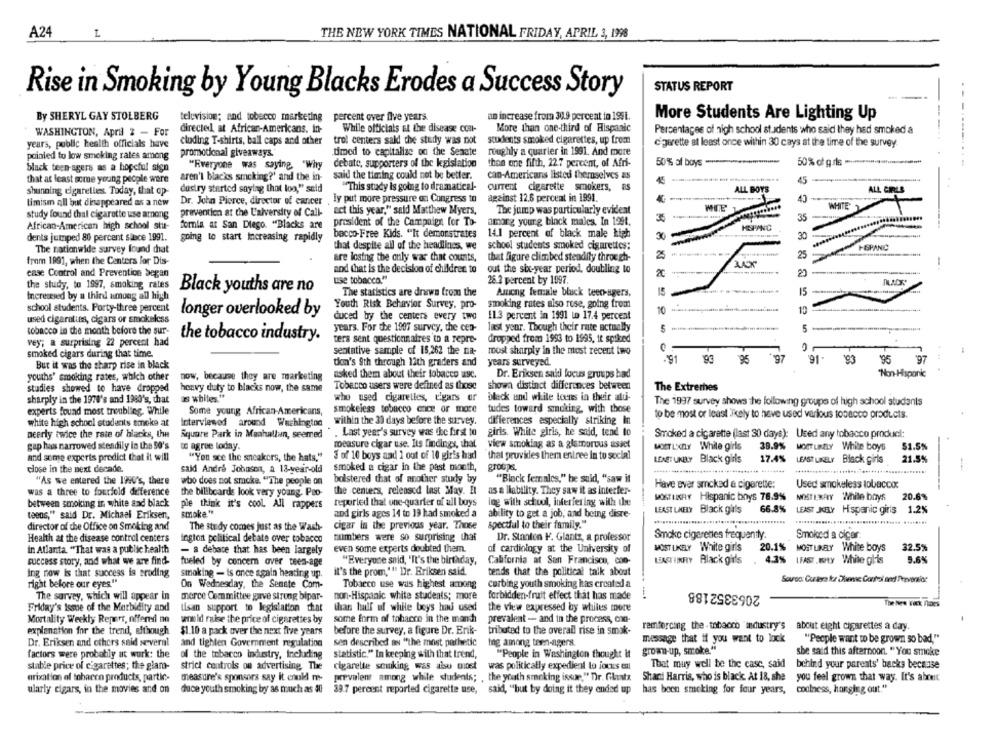
A24
THE NEW YORK TIMES NATIONAL FRIDAY, APRIL 3, 1998
STATUS REPORT
Rise in Smoking by Young Blacks Erodes a Success Story
- .
By SHERYL GAY STOLBERG
television; and tobecco marketing
percent over five years.
an increase from 31.9 percent in 199i.
More Students Are Lighting Up
WASHINGTON, April 2 - For
directed, at African-Americans. in-
While officials at the disease cost-
More than one-third of Hispanic
Percentages of high school students who said they had smoked a
cluding T-shirts, ball caps and other
trol centers sald the study was not
students smoked cigarettes, up from
--
years, public health officials have
c'gerette at least once within 30 cays at the time of the survey
pointed to low smoking rates among
promotional giveaways.
dimed to capitalize on the Senate
roughly a quarter in 1991. And more
debate, supporters of the kgislation
than one fifth, 22.7 percent, of Afri-
50% af boys .....................
50% of gris .***************......
black teen agers as a hopeful sign
"Everyone was saying. "Why
aren't blacks smoking?' and the in-
said the timing could not be better.
can-Americans listed themselves as
that at least some young people ware
45
shunning cigaretles Today, that op-
dustry started saying that loo," seld
"This study is going to dramatical-
current cigarette smokers, as
ALL BOYS
ALL GIRLS
Dr. John Pierce, director of cancer
ly put more pressure on Congress to
against 12.6 percent in 1991.
40
limism all but disappeared as a new
WHITE
study found thal cigarette use among
prevention at the University of Call-
act this year," said Matthew Myers,
The jump was particularly evident
35
president of the Campaign for To-
amorg yourg black males. In 1991.
African-American high school stu-
formia at San Diego. "Blacks are
HNPANC
dents jumped 80 percent since 1991.
bacco-Free Kids. "It demonstrates
14.1 percent of black male high
30 -
30
going to start Increasing rapidly
that despite all of the headlines, we
school students smoked cigarettes:
The nationwide survey found chat
25
F&PANIC
are losing the only war that counts,
that figure climbed steadily through-
25
from 1891, when the Centers for Dis-
ease Control and Prevention began
and that is the decision of children to
out the six-year period, doubling to
20
use tobacco.""
26.2 percent by 1097.
the study, to 1997, smoking rates
Black youths are no
Increased by a third among all high
The statistics are drawn from the
Among female bluck teen-agers.
15
15
Youth Risk Behavior Survey, pro-
smoking rates also rose, going from
school students. Forty-three percent
longer overlooked by
10
used cigarettes, cigars or smokeless
duced by the centers every two
11.3 percent in 1991 to 17.4 percent
last year. Though their rate actually
5-
tobacco in the month before the sur-
years. For the 1907 survey, the cen-
vey; a surprising 22 percent had
the tobacco industry.
ters sent questionnaires to a repre-
dropped from 1993 to 1995, it spiked
26 ..
smoked cigars during that time.
sentntive sample of 15,262 the na-
most sharply in the most recent two
den's 9th through 12th graders and
years surveyed.
.91
91.
193
95
'97
But it was the sharp rise in black
youths' smoking rates, which other
now, because they are marketing
asked them about their tobacco usc.
Dr. Eriksen said focus groups bad
"Non-Hispanic
Tobacco users were defined as those
showa distinct differences between
studies showed to have dropped
heavy duty to blacks now, the same
The Extremes
sharply in the 1978's and 1980's, that
as whites."
who used cigaretles, elgars er
black and white toens in their aldi-
smokeless tobacco ence or more
tudes toward smoking, with those
The 1997 survey shows the following groups of high school students
experts found most troubling. While
Some young African-Americans,
to be most or least Tely to have used various tobacco products.
white high school students smoke at
interviewed around Washington
within the 30 days before the survey.
differences especially striking in
neerly twice the rate of blacks, the
Square Park in Manhallun, seemed
. Last year's survey was the first to
girls. White girls, he said, tend to
Smoked a cigarette (last 30 days): Used any tobacco product:
gap has narrowed steadily in the 50's
to agree loday.
measure cigar use. Its findings, that
view smoking as a glamorous asset
MOET L'XELY White girls
39.9% MOETLADLY White boys
51.5%
and some experts predict that it will
"You sce the sneakers, the hats,"
3 of 10 boys and 1 out of 10 giris had
that provides them entree in to social
LEAgTUNELY Black girls
17.4%
LEAST LIKELY Black girls
21.5%
close in the next decade.
smoked a cigar in the past month,
groups.
said Andr& Johnson, a 13-year-old
'As we entered the 1990's, there
who does not smoke. "The people on
bolstered that of another study by
"Black females," he said, "saw it
Have ever smoked a cigarette:
Used smokeless tobacco:
was a three to fourfold difference
the billboards look very young. Peo-
the .centers, released last May. El
as a liability. They saw it as interfer-
MOSTUKRY Hispanic boys 78.9%
MOSTERANY While brzys
20.6%
between smoking in white sad black
pie think it's cool. All rappers
reported that one-quarter of all boys
ing with school, interfering with the
smoke."
LEAST LAELY Black girls
66.8%
LEAST JELY Hispanic giris 1.2%
teens," said Dr. Michael Eriksen,
and girls ages 14 to 19 had smoked a
ability to get a job, and being disre-
director of the Office on Smoking and
The study comes just as the Wash-
cigar in the previous year. Those
spectful to their family."
Smoke cigarettes frequently.
Smoked a cigar:
Health at the disease control centers
Ington political debate over tobacco
numbers were so surprising that
Dr. Stanten F. Glantz, a professor
in Atlanta "That was a public health
- a debate that has been largely
even some experts doubted them.
of cardiology at the University of
MOST LIKELY White girls
20.1% MOSTLIKELY White boys
32.5%
success story, and what we are find-
fueled by concern over teen-age
"Everyone said, "It's the birthday,
California at San Francisco, con-
LEACHIIKRY Black girls . 4.3% (FAST.wty While gl'is
9.6%
it's the prom,"" Dr. Eriksen said.
tends that the political talk about
ing now is that success is eroding
smoking - is once again heating up.
right before our eyes"
On Wednesday, the Senate Com-
Tobacco use was highest among
curbing youth smoking has created a
2063352188
-
The survey, which will appear in
merce Committee gave strung bipar-
non-Hispanic white students; more
forbidden fruit effect that has made
Friday's Isme of the Morbidity and
lisan support to legislation dat
than half ul while boys hai used
the view expressed by whiles more
The bes Tack noes
Mortality Weekly Repars, offered nn
would raise the price of cigarettes by
some form of tobacco in the manch
prevalent - and in the process, con-
explanation for the trend, efthough
$1.10 a pack over the next five years
before the survey, a figure Dr. Erik-
tributed to the overall rise in smok-
remforcing the - tobacco "industry's about eight cigarettes a day.
message that if you want to lock
"People want to be grown so bad"
Dr. Eriksen and others said several
and tighten Government regulation
sen described in "the most pathetic
Ing among teen-agers.
factors were probably at work: the
grown-up, smoke."
she said this afternoon. "You smoke
of the tobacco industry, including
statistic." In keeping with that trend,
"People in Washington thought it
stable price of cigarettes; the glar-
strict controls ou advertising. The
cigarette smoking was also most
was politically expedient to jours til
That muy well be the case, said
behind your parents' backs because
arixation of tobacco products, partic-
measure's sponsors say it could me-
prevalent among while students; , the youth smoking issue." Dr. Giluntz
Shani Harris, who is black. At 18, she
you feel grown that way. It's about
ularly cigars, in the movies and on
duce youth smoking by as much as 30
39.7 percent reported cigarette use,
said, "but by doing it they ended up
has been smoking for four years,
coolness, hanging out."